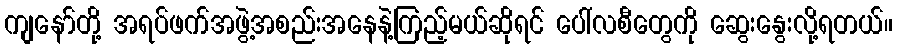
ကျနော်တို့ အရပ်ဖက်အဖွဲ့အစည်းအနေနဲ့ကြည့်မယ်ဆိုရင် ပေါ်လစီတွေကို ဆွေးနွေးလို့ရတယ်။